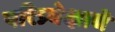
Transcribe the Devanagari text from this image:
परिप्र्येक्षाचे